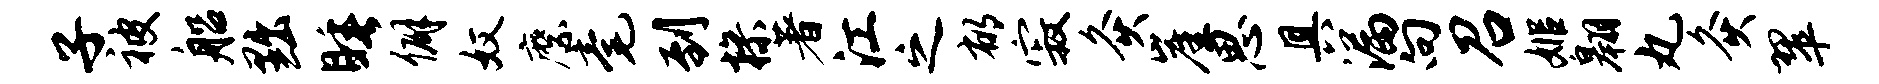
子被船黜睡僻奴縻毫到操著江之郁寂灸崖思具漏向召姬翱丸灸翠